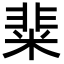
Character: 𥺟